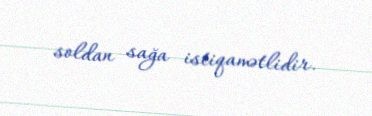
soldan sağa istiqamətlidir.